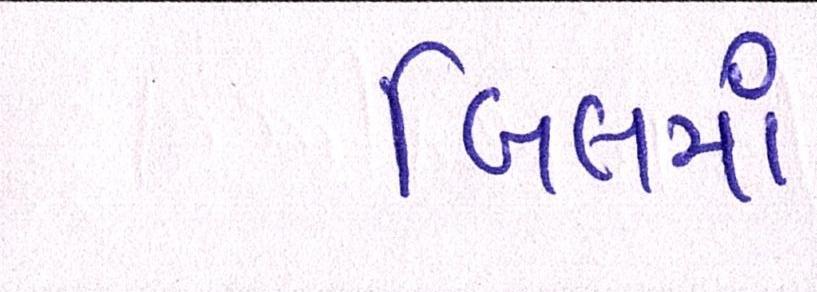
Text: બિલમાં